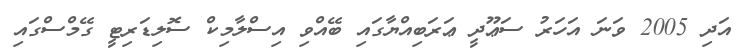
އަދި 2005 ވަނަ އަހަރު ސަޢޫދީ ޢަރަބިއްޔާގައި ބޭއްވި އިސްލާމިކް ސޮލިޑަރިޓީ ގޭމްސްގައި